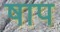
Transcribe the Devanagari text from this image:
षाप